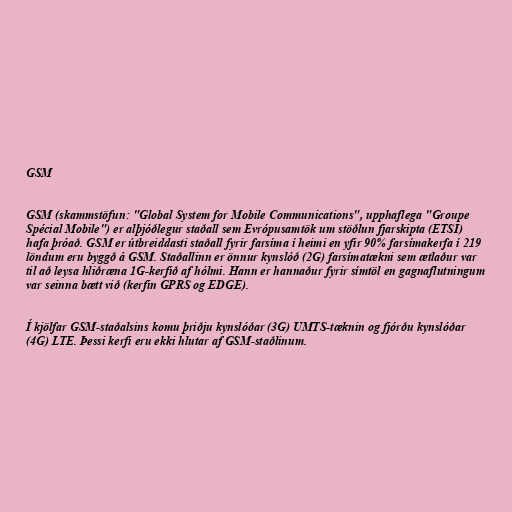
GSM

GSM (skammstöfun: "Global System for Mobile Communications", upphaflega "Groupe
Spécial Mobile") er alþjóðlegur staðall sem Evrópusamtök um stöðlun fjarskipta (ETSI)
hafa þróað. GSM er útbreiddasti staðall fyrir farsíma í heimi en yfir 90% farsímakerfa í 219
löndum eru byggð á GSM. Staðallinn er önnur kynslóð (2G) farsímatækni sem ætlaður var
til að leysa hliðræna 1G-kerfið af hólmi. Hann er hannaður fyrir símtöl en gagnaflutningum
var seinna bætt við (kerfin GPRS og EDGE).

Í kjölfar GSM-staðalsins komu þriðju kynslóðar (3G) UMTS-tæknin og fjórðu kynslóðar
(4G) LTE. Þessi kerfi eru ekki hlutar af GSM-staðlinum.